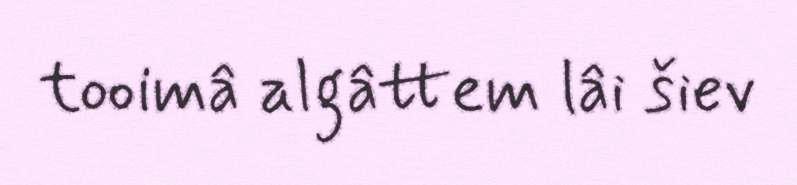
tooimâ algâttem lâi šiev